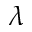
\lambda